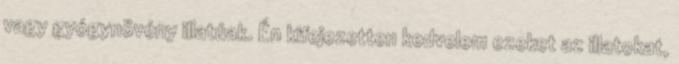
vagy gyógynövény illatúak. Én kifejezetten kedvelem ezeket az illatokat,